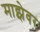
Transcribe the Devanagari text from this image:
माझेवर